Papaver somniferum - Opium : an extract from the sixth volume of the Dictionary of Economic Products of India
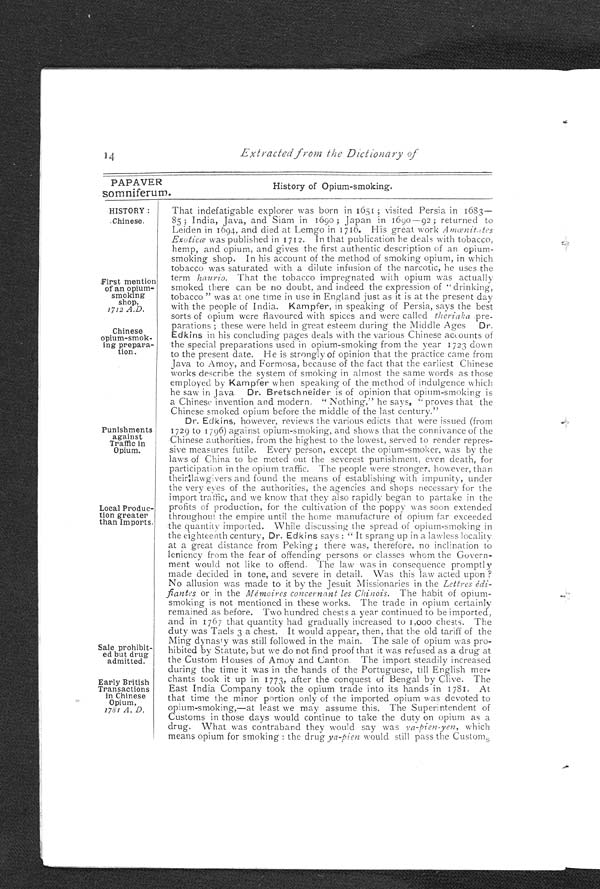
14
Extracted from the Dictionary of
PAPAVER
History of Opium-smoking.
somniferum.
HISTORY:
Chinese.
First mention
of an opium-
smoking
shop,
1712 A.D.
Chinese
opium-smok-
ing prepara-
tion.
Punishments
against
Traffic in
Opium.
Local Produc-
tion greater
than Imports.
S a l e p r o h i b i t - e d b u t d r u g < a d m i t t e d .E
a r l y B r i t i s h T r a n s a c t i o n s i n C h i n e s e O p i u m , 1 7 8 1 A . D .
That indefatigable explorer was born in 1651; visited Persia in 1683
— 8 5 ; I n d i a , J a v a , a n d S i a m i n 1 6 9 0 ; J a p a n i n 1 6 9 0 — 9 2 ; r e t u r n e d t o
Leiden in 1694, and died at Lemgo in 1716. His great work A m œ n i t a t e s
Exotica was published in 1 7 1 2. In that publication he deals with tobacco,
hemp, and opium, and gives the first authentic description of an opium-
smoking shop. In his account of the method of smoking opium, in which
tobacco was saturated with a dilute infusion of the narcotic,
h e u s e s t h e t e r m
h a u r i o .T
h a t t h e t o b a c c o i m p r e g n a t e d w i t h o p i u m w a s a c t u a l l y
smoked there can be no doubt, and indeed the expression of " drinking,
tobacco " was at one time in use in England just as it is at the present day
with the people of India. Kampfer, in speaking of Persia, says the best
sorts of opium were flavoured with spices and were called theriaka pre-
parations; these were held in great esteem during the Middle Ages Dr.
Edkins in his concluding pages deals with the various Chinese accounts of
the special preparations used in opium-smoking from the year 1723 down
to the present date. He is strongly of opinion that the practice came from
Java to Amoy, and Formosa, because of the fact that the earliest Chinese
works describe the system of smoking in almost the same words as those
employed by Kampfer when speaking of the method of indulgence which
he saw in Java. Dr. Bretschneider is of opinion that opium-smoking is
a Chinese invention and modern. "Nothing," he says, "proves that the
Chinese smoked opium before the middle of the last century."
Dr. Edkins, however, reviews the various edicts that were issued (from
1729 to 17 96) against opium-smoking, and shows that the connivance of the
Chinese authorities, from the highest to the lowest, served to render repres-
sive measures futile. Every person, except the opium-smoker, was by the
laws of China to be meted out the severest punishment, even death, for
participation in the opium traffic. The people were stronger, however, than
their lawgivers and found the means of establishing with impunity, under
the very eyes of the authorities, the agencies and shops necessary for the
import traffic, and we know that they also rapidly began to partake in the
profits of production, for the cultivation of the poppy was soon extended
throughout the empire until the home .manufacture of opium far exceeded
the quantity imported. While discussing the spread of opium-smoking in
the eighteenth century, Dr. Edkins says: "It sprang up in a lawless locality
at a great distance from Peking; there was, therefore, no inclination to
leniency from the fear of offending persons or classes whom the Govern-
ment would not like to offend. The law was in consequence promptly
made decided in tone, and severe in detail. Was this law acted upon?
No allusion was made to it by the Jesuit Missionaries in the Lettres
édifiantes or in the Mémoires concernant les Chinois. The habit of opium-
smoking is not mentioned in these works. The trade in opium certainly
remained as before. Two hundred chests a year continued to be imported,
and in 1767 that quantity had gradually increased to 1,000 chests. The
duty was Taels 3 a chest. It would appear, then, that the old tariff of the
Ming dynas' y was still followed in the main. The sale of opium was pro-
hibited by Statute, but we do not find proof that it was refused as a drug at
the Custom Houses of Amoy and Canton. The import steadily increased
during the time it was in the hands of the Portuguese, till English mer
chants took it up in 1773, after the conquest of Bengal by Clive. The
East India Company took the opium trade into its hands in 1781. At
that time the minor portion only of the imported opium was devoted to
opium-smoking,—at least we may assume this. The Superintendent of
Customs in those days would continue to take the duty on opium as a
drug. What was contraband they would say was y a-pien-yen, which
means opium for smoking: the drug ya-pien would still pass the Customs